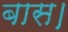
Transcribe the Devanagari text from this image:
बास।